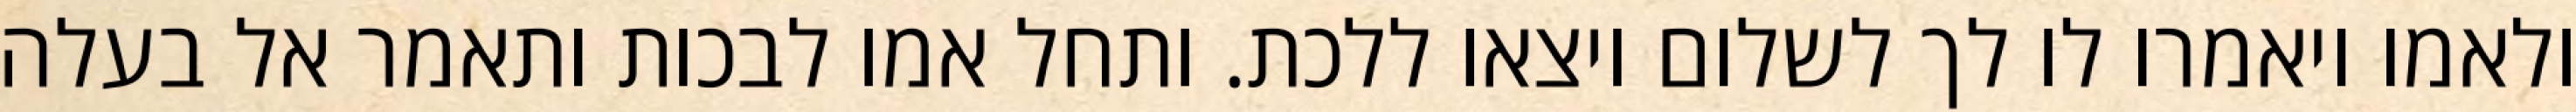
ולאמו ויאמרו לו לך לשלום ויצאו ללכת. ותחל אמו לבכות ותאמר אל בעלה